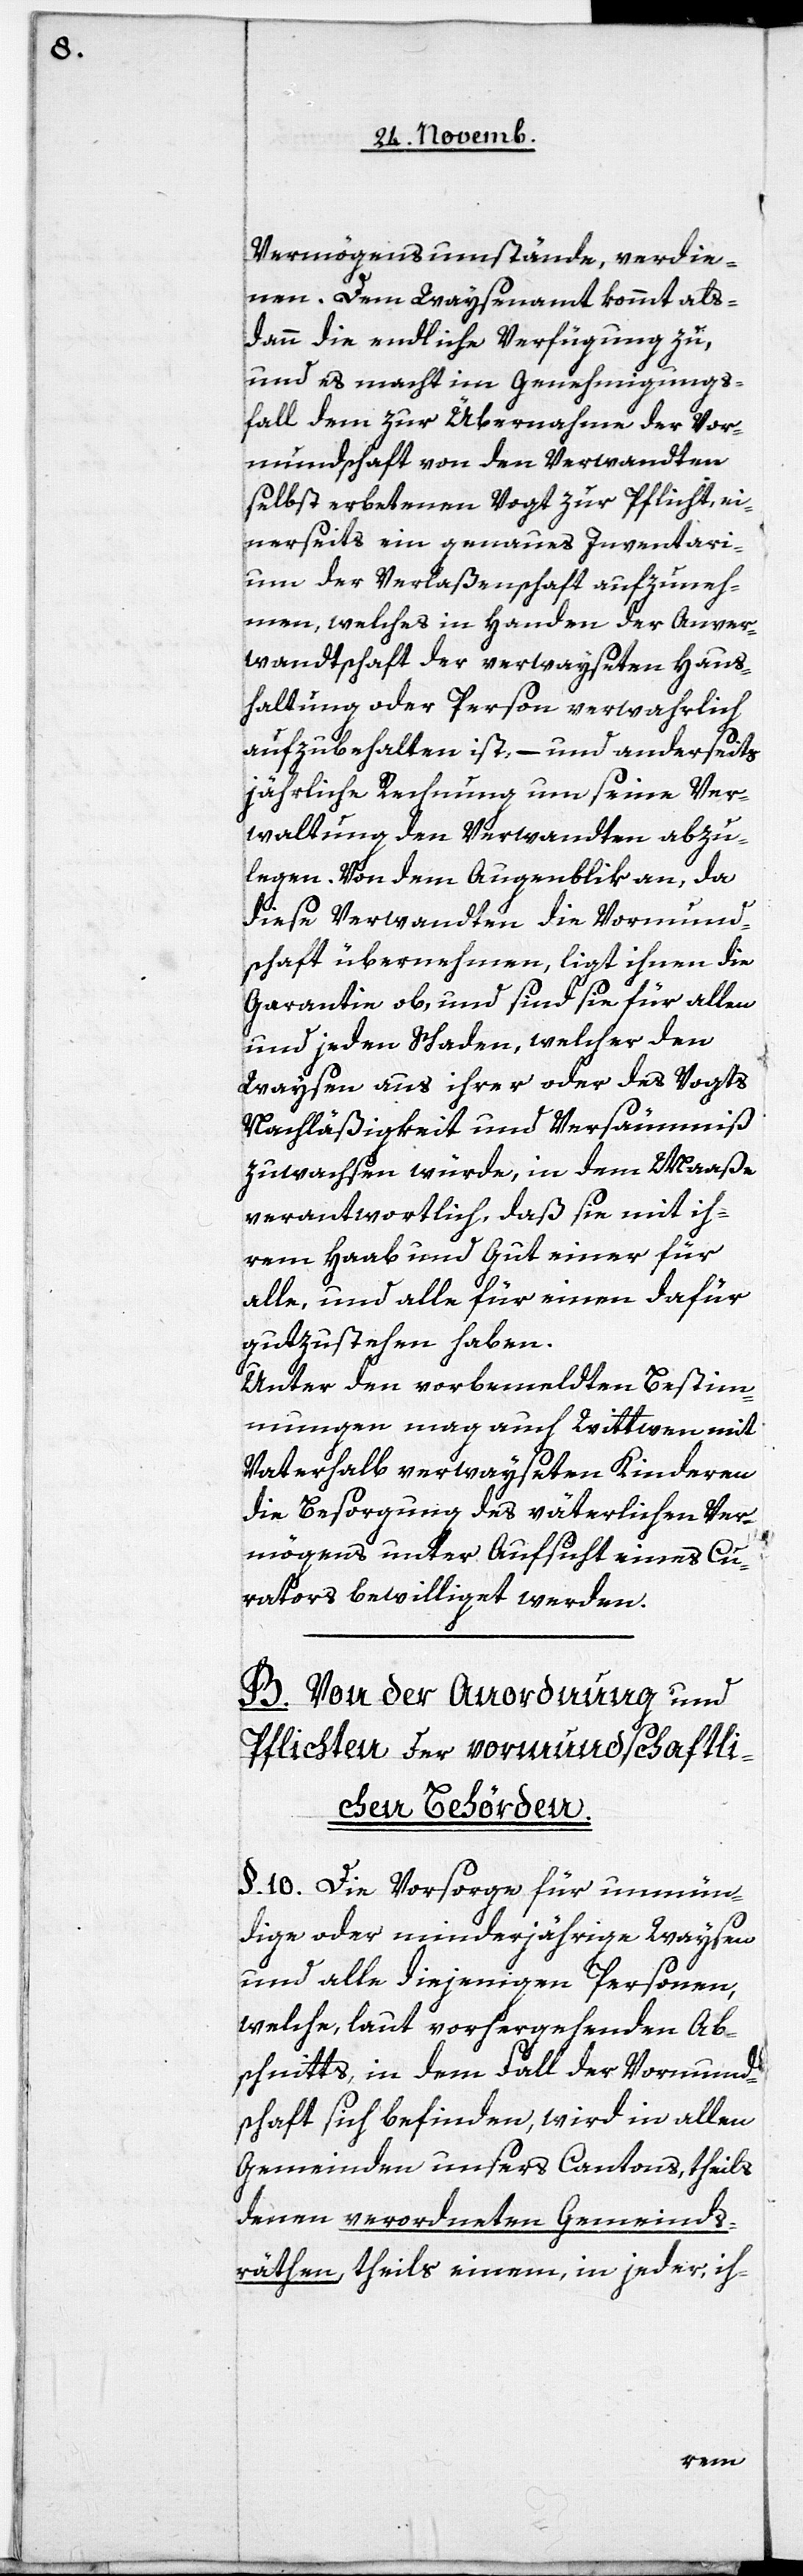
Vermögensumstände, verdie¬
nen. Dem Waysenamt kommt als¬
dann die endliche Verfügung zu,
und es macht im Genehmigungs¬
fall dem zur Übernahme der Vor¬
mundschaft von den Verwandten
selbst erbetenen Vogt zur Pflicht, ei¬
nerseits ein genaues Inventari¬
um der Verlaßenschaft aufzuneh¬
men, welches in Handen der Anver¬
wandtschaft der verwayseten Haus¬
haltung oder Person verwahrlich
aufzubehalten ist, – und anderseits
jährliche Rechnung um seine Ver¬
waltung den Verwandten abzu¬
legen. Von dem Augenblick an, da
diese Verwandten die Vormund¬
schaft übernehmen, ligt ihnen die
Garantie ob, und sind sie für allen
und jeden Schaden, welcher den
Waysen aus ihrer oder des Vogts
Nachläßigkeit und Versäumniß
zuwachsen würde, in dem Maaße
verantwortlich, daß sie mit ih¬
rem Haab und Gut einer für
alle, und alle für einen dafür
gutzustehen haben.
Unter den vorbemeldten Bestim¬
mungen mag auch Wittwen mit
Vaterhalb verwayseten Kinderen
die Besorgung des väterlichen Ver¬
mögens unter Aufsicht eines Cu¬
rators bewilliget werden.
B. Von der Anordnung und
Pflichten der vormundschaftli¬
chen Behörden.
§. 10. Die Vorsorge für unmün¬
dige oder minderjährige Waysen
und alle diejenigen Personen,
welche, laut vorhergehenden Ab¬
schnitts, in dem Fall der Vormund¬
schaft sich befinden, wird in allen
Gemeinden unsers Cantons, theils
denen verordneten Gemeinds¬
räthen, theils einem, in jeder, ih-